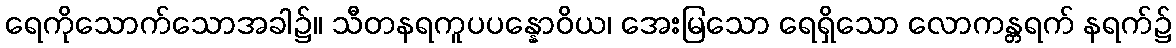
ရေကိုသောက်သောအခါ၌။ သီတနရကူပပန္နောဝိယ၊ အေးမြသော ရေရှိသော လောကန္တရက် နရက်၌